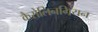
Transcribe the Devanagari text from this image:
कैरोलिनगियन